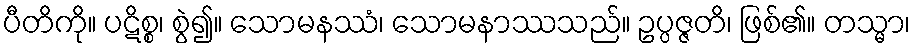
ပီတိကို။ ပဋိစ္စ၊ စွဲ၍။ သောမနဿံ၊ သောမနာဿသည်။ ဥပ္ပဇ္ဇတိ၊ ဖြစ်၏။ တသ္မာ၊